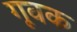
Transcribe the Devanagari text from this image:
गूवक